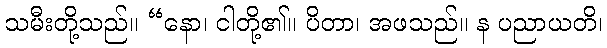
သမီးတို့သည်။ “နော၊ ငါတို့၏။ ပိတာ၊ အဖသည်။ န ပညာယတိ၊